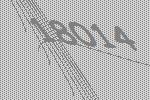
18014